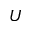
U